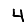
Digit: 4